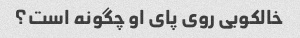
خالکوبی روی پای او چگونه است؟